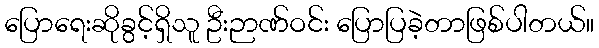
ပြောရေးဆိုခွင့်ရှိသူ ဦးဉာဏ်ဝင်း ပြောပြခဲ့တာဖြစ်ပါတယ်။